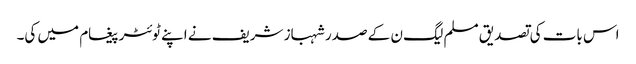
اس بات کی تصدیق مسلم لیگ ن کے صدر شہباز شریف نے اپنے ٹوئٹر پیغام میں کی۔